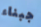
جبناء